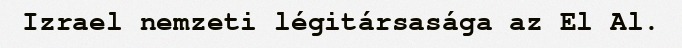
Izrael nemzeti légitársasága az El Al.